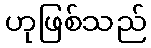
ဟုဖြစ်သည်